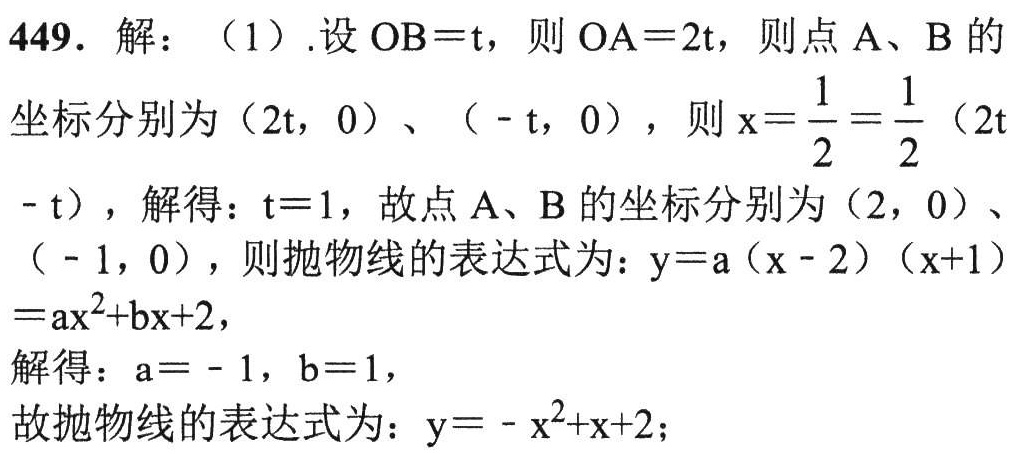
449. 解：（1）.设 \(OB = t\)，则 \(OA = 2t\)，则点 \(A\)、\(B\) 的坐标分别为 \((2t,0)\)、\((-t,0)\)，则 \(x=\frac{1}{2}=\frac{1}{2}(2t - t)\)，解得：\(t = 1\)，故点 \(A\)、\(B\) 的坐标分别为 \((2,0)\)、\((-1,0)\)，则抛物线的表达式为：\(y = a(x - 2)(x + 1)=ax^{2}+bx + 2\)，
解得：\(a=-1\)，\(b = 1\)，
故抛物线的表达式为：\(y=-x^{2}+x + 2\)；